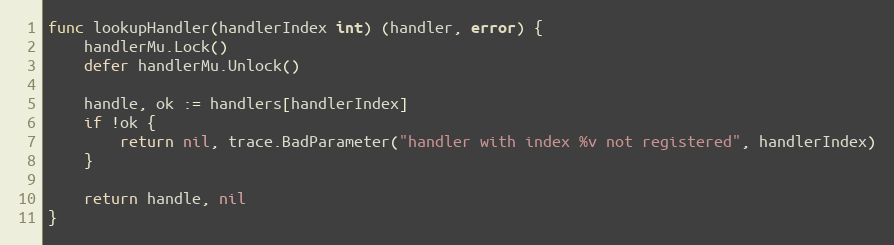
Language: Go
func lookupHandler(handlerIndex int) (handler, error) {
	handlerMu.Lock()
	defer handlerMu.Unlock()

	handle, ok := handlers[handlerIndex]
	if !ok {
		return nil, trace.BadParameter("handler with index %v not registered", handlerIndex)
	}

	return handle, nil
}